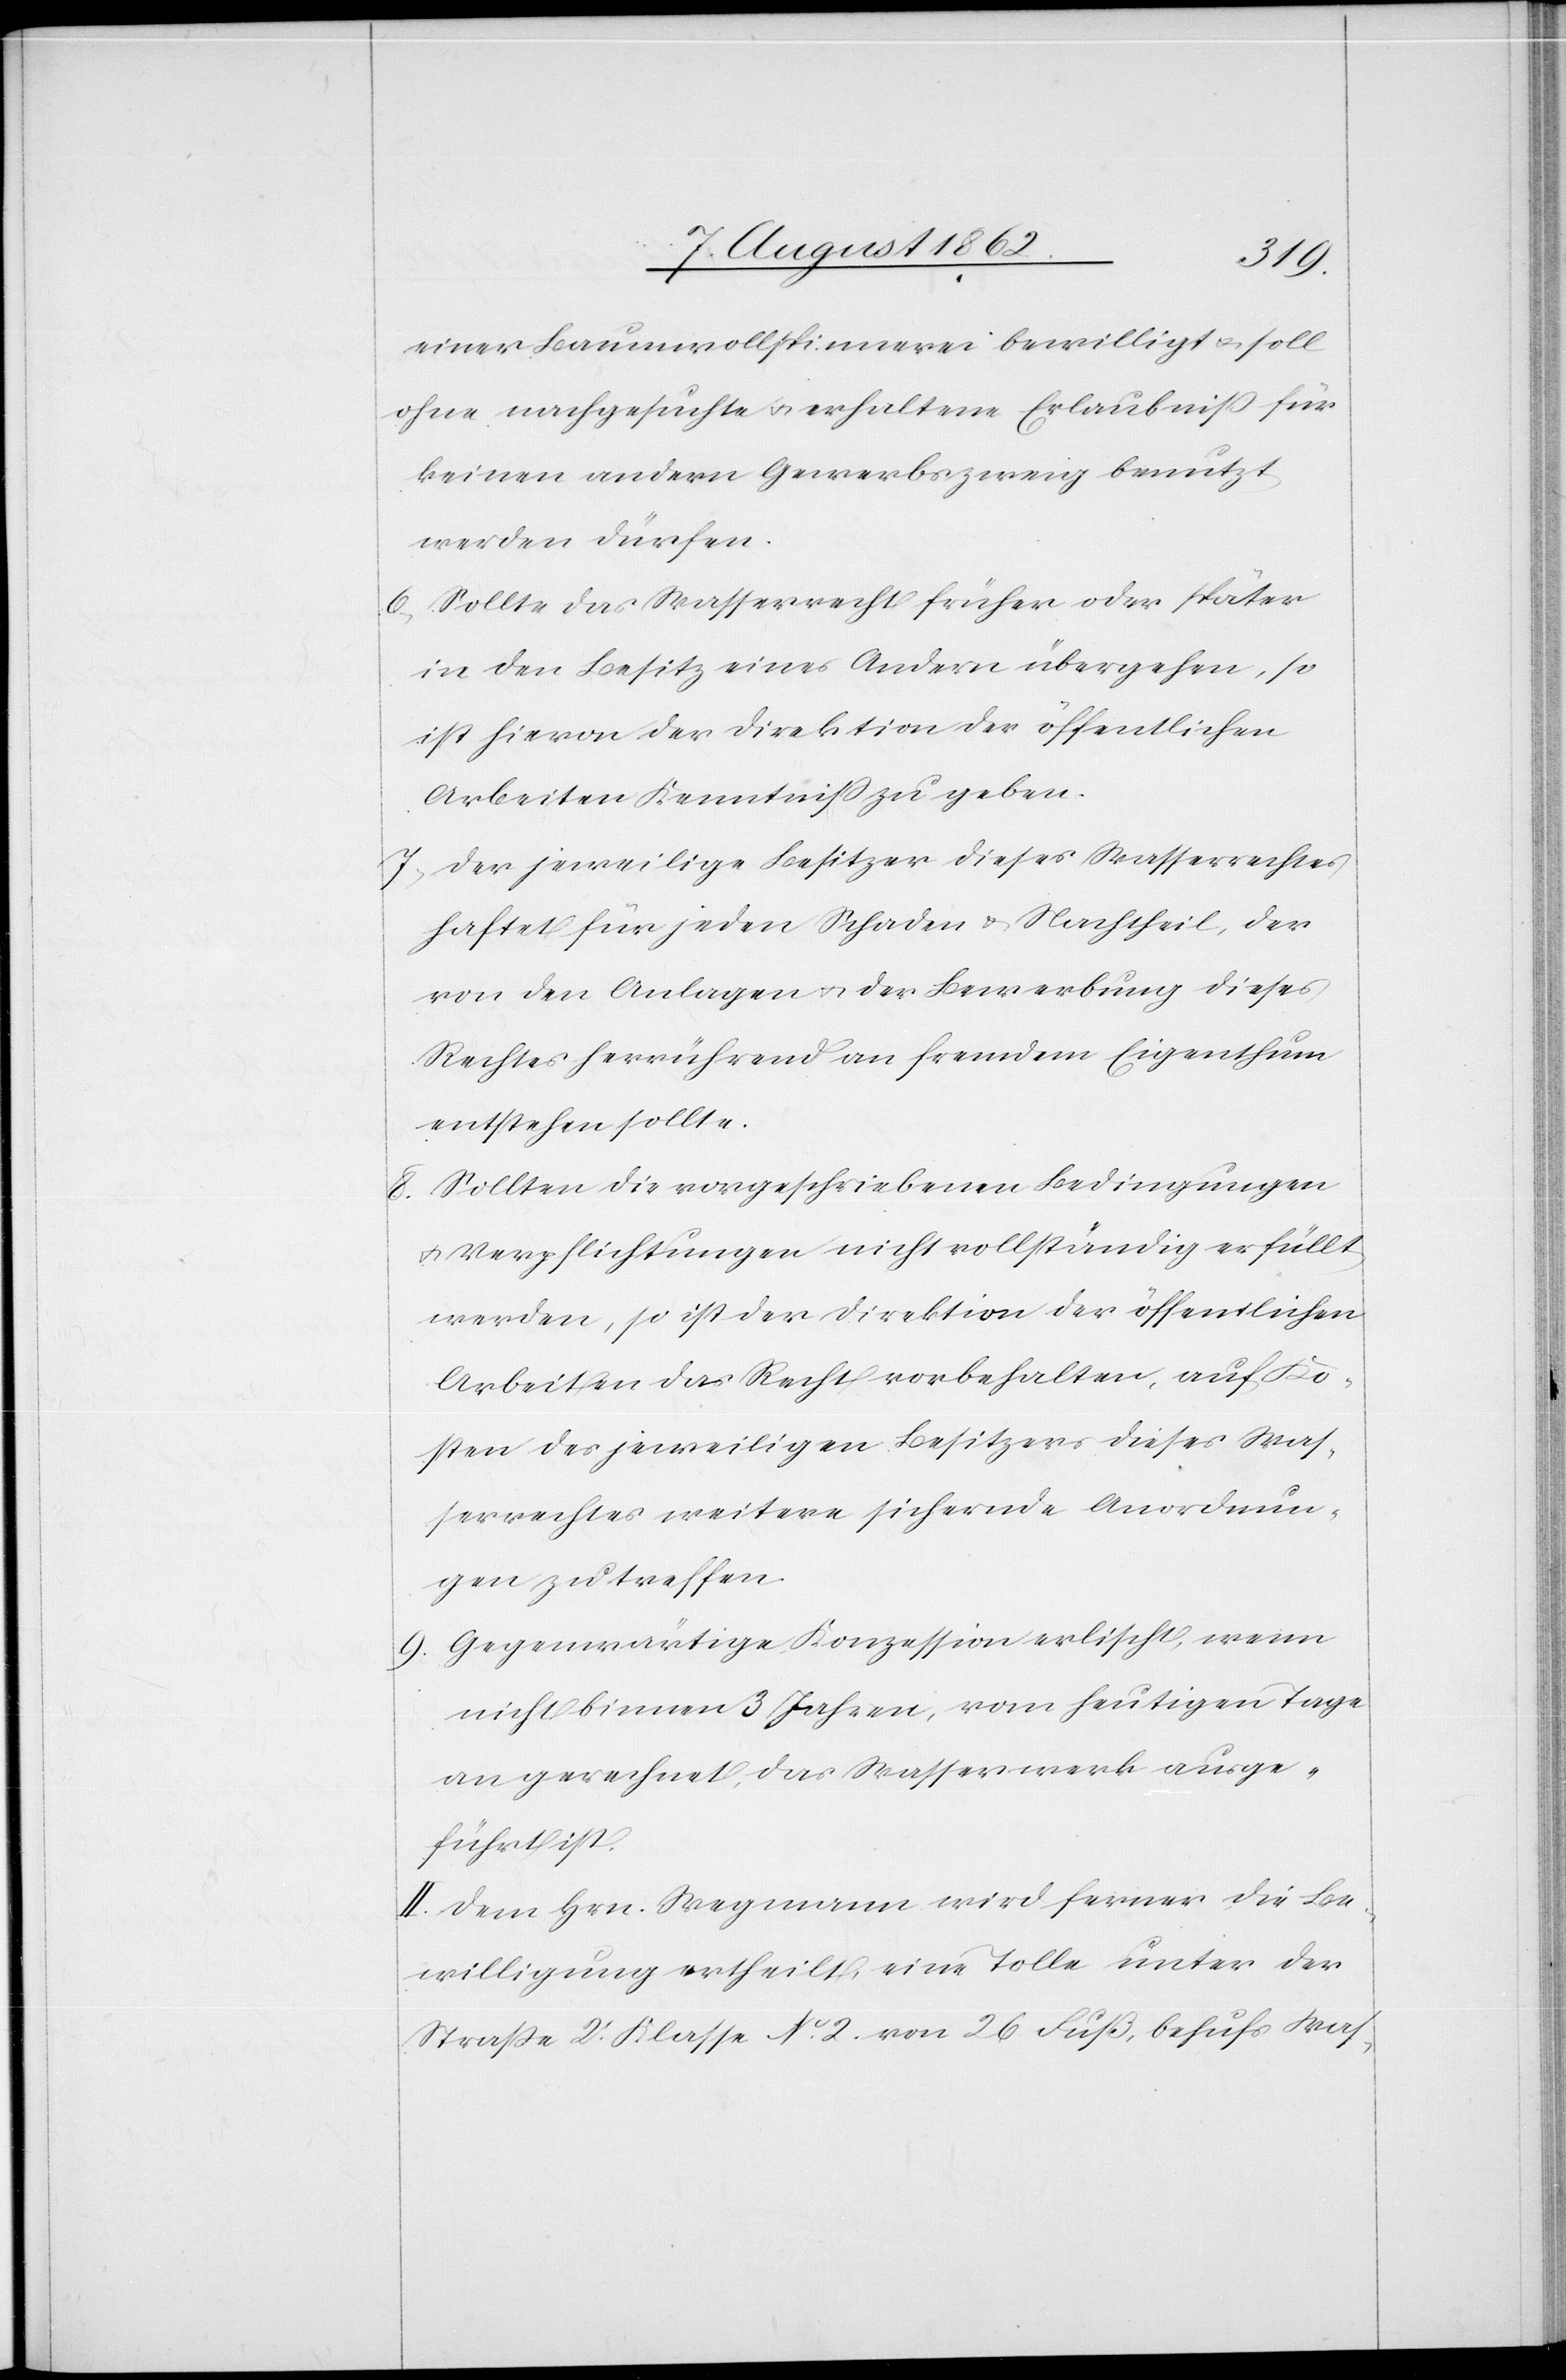
einer Baumwollspinnerei bewilligt u. soll
ohne nachgesuchte u. erhaltene Erlaubniß für
keinen andern Gewerbszweig benutzt
werden dürfen.
6. Sollte das Wasserrecht früher oder später
in den Besitz eines Andern übergehen, so
ist hievon der Direktion der öffentlichen
Arbeiten Kenntniß zu geben.
7. Der jeweilige Besitzer dieses Wasserrechtes
haftet für jeden Schaden u. Nachtheil, der
von den Anlagen u. der Bewerbung dieses
Rechtes herrührend an fremdem Eigenthum
entstehen sollte.
8. Sollten die vorgeschriebenen Bedingungen
u. Verpflichtungen nicht vollständig erfüllt
werden, so ist der Direktion der öffentlichen
Arbeiten das Recht vorbehalten, auf Ko¬
sten des jeweiligen Besitzers dieses Was¬
serrechtes weitere sichernde Anordnun¬
gen zu treffen.
9. Gegenwärtige Konzession erlischt, wenn
nicht binnen 3 Jahren, vom heutigen Tage
an gerechnet, das Wasserwerk ausge¬
führt ist.
II. Dem Hrn. Wegmann wird ferner die Be¬
willigung ertheilt, eine Tolle unter der
Straße 2t Klasse No 2 von 26 Fuß, behufs Was-